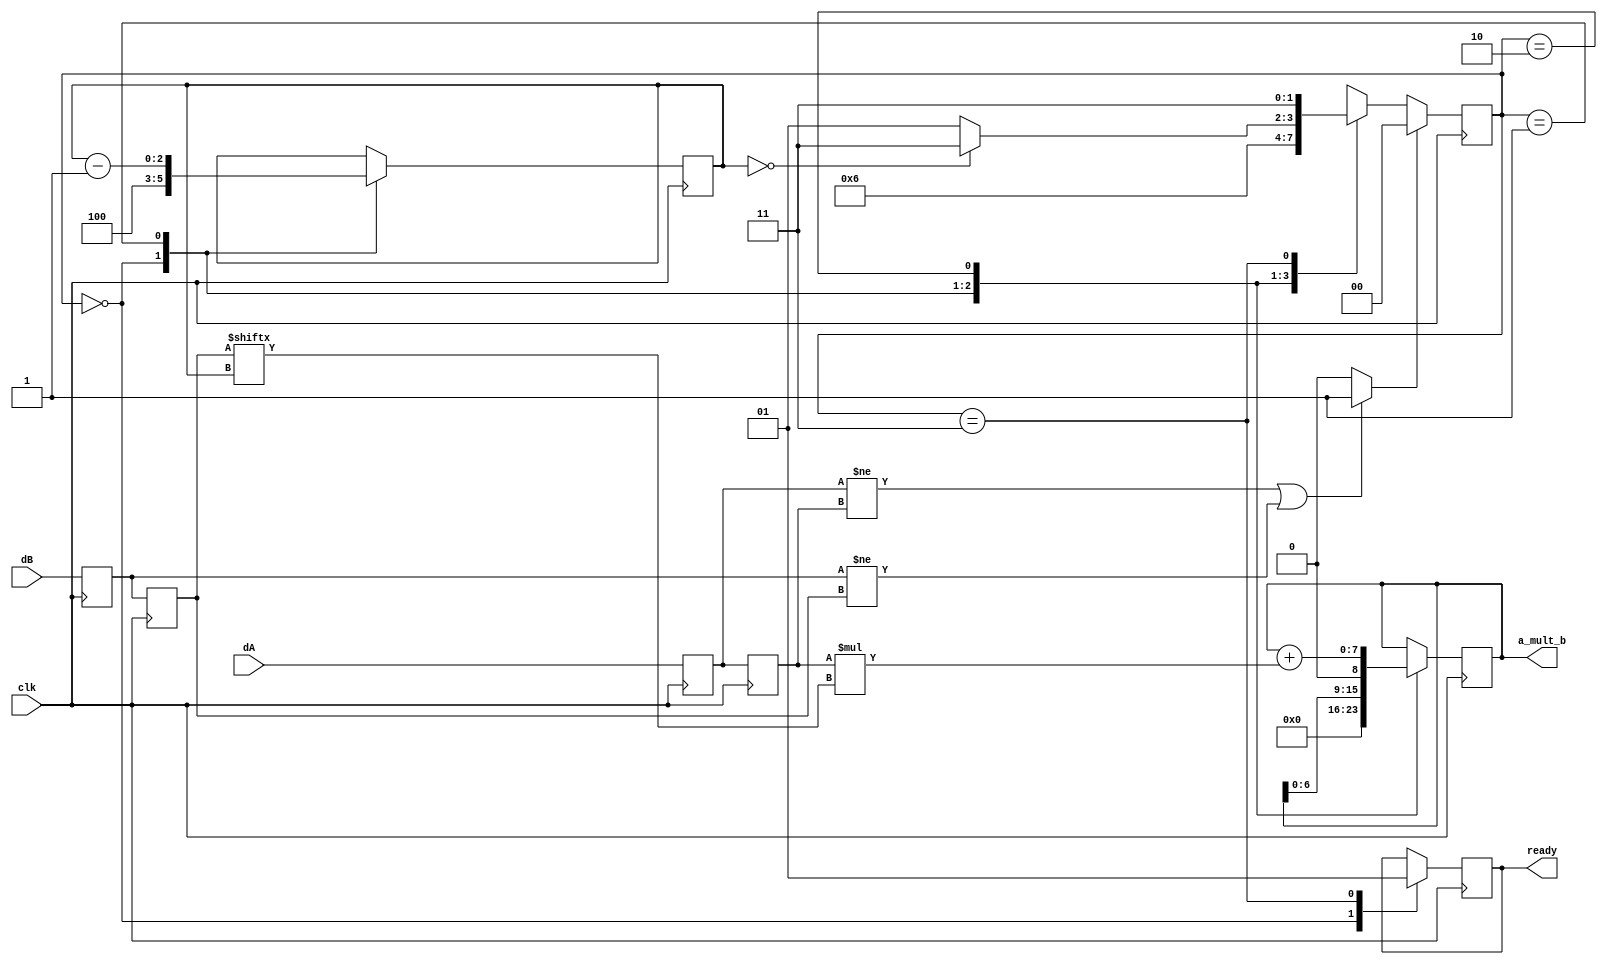
module mult_SR_V1 #(
  parameter W = 4
) (
  input                    clk,
  input      [    W - 1:0] dA,
  input      [    W - 1:0] dB,
  output reg [2 * W - 1:0] a_mult_b,
  output reg               ready
);

  reg [W - 1:0] A_new, A_old;
  reg [W - 1:0] B_new, B_old;
  reg                              load;
  reg [(W == 1 ? 1 : $clog2(W)):0] i;

  initial begin
    A_new    <= 1'b0;
    A_old    <= 1'b0;
    B_new    <= 1'b0;
    B_old    <= 1'b0;
    load     <= 1'b0;
    i        <= 1'b0;
    a_mult_b <= 1'b0;
    ready    <= 1'b0;
  end

  always @(posedge clk) begin
    A_new <= dA;
    A_old <= A_new;

    B_new <= dB;
    B_old <= B_new;
  end

  always @* begin
    if (A_new != A_old | B_new != B_old) load = 1'b1;
    else load = 1'b0;
  end

  localparam INIT = 0, SHIFT_ANS = 1, SUM_A = 2, END_MULT = 3;
  reg [1:0] state = INIT;

  always @(posedge clk) begin
    if (load) state <= INIT;
    else
      case (state)
        INIT:      state <= SHIFT_ANS;
        SHIFT_ANS: state <= SUM_A;
        SUM_A:     state <= (i == 0 ? END_MULT : SHIFT_ANS);
        END_MULT:  state <= END_MULT;
      endcase
  end

  always @(posedge clk) begin
    case (state)
      INIT: begin
        i        <= W;
        a_mult_b <= 1'b0;
        ready    <= 1'b0;
      end
      SHIFT_ANS: begin
        i        <= i - 1;
        a_mult_b <= a_mult_b << 1;
      end
      SUM_A: begin
        a_mult_b <= a_mult_b + A_old * B_old[i];
      end
      END_MULT: begin
        ready <= 1'b1;
      end
    endcase
  end

endmodule